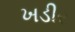
ખડીર